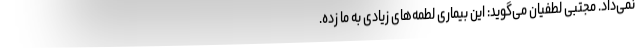
نمی‌داد. مجتبی لطفیان می‌گوید: این بیماری لطمه‌های زیادی به ما زده.